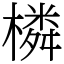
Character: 橉